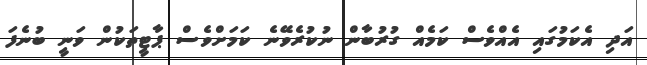
އަދި އެކަމުގައި އެއްވެސް ކަމެއް ގުރުބާން ނުކުރެވޭނެ ކަމަށްވެސް ޕާޓީތަކުން ވަނީ ބުނެފަ